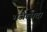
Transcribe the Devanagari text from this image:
भजेत्सदा